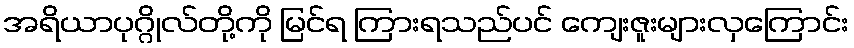
အရိယာပုဂ္ဂိုလ်တို့ကို မြင်ရ ကြားရသည်ပင် ကျေးဇူးများလှကြောင်း